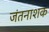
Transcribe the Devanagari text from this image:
जंतनाशक